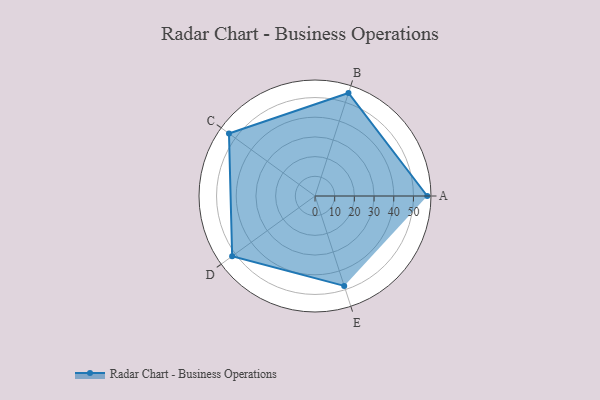
{"axis": {"x": "Skill", "y": "Score"}, "legend": ["Profile"], "data": [{"x": "A", "y": 57.0, "type": "Profile"}, {"x": "B", "y": 55.0, "type": "Profile"}, {"x": "C", "y": 54.0, "type": "Profile"}, {"x": "D", "y": 52.0, "type": "Profile"}, {"x": "E", "y": 48.0, "type": "Profile"}]}